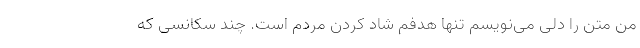
من متن را دلی می‌نویسم تنها هدفم شاد کردن مردم است. چند سکانسی که